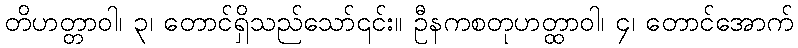
တိဟတ္တာဝါ၊ ၃၊ တောင်ရှိသည်သော်၎င်း။ ဦနကစတုဟတ္ထာဝါ၊ ၄၊ တောင်အောက်